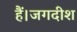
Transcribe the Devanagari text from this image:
हैं।जगदीश